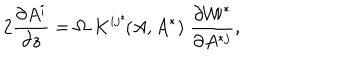
2 { \frac { \partial A ^ { i } } { \partial z } } = \Omega \; K ^ { i j ^ { * } } \! ( A , A ^ { * } ) \; \frac { \partial { \cal W } ^ { * } } { \partial A ^ { * j } } ,